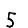
Digit: 5